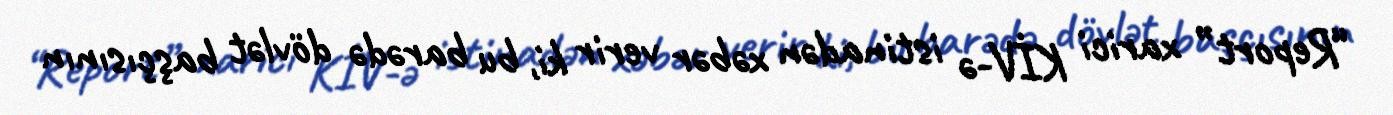
“Report” xarici KİV-ə istinadən xəbər verir ki, bu barədə dövlət başçısının